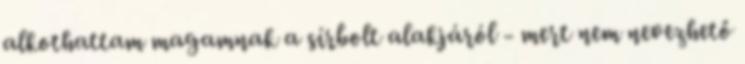
alkothattam magamnak a sírbolt alakjáról - mert nem nevezhető